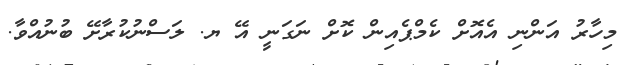
މިހާރު އަންނި އެއޮށް ކެމްޕެއިން ކޮށް ނަގަނީ އޭ ޔ. ލަސްނުކުރާށޭ ބުނުއްވާ.